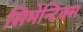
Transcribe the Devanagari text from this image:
सिमेन्टिक्स